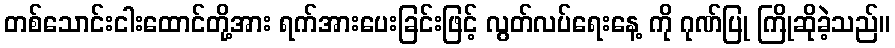
တစ်သောင်းငါးထောင်တို့အား ရက်အားပေးခြင်းဖြင့် လွတ်လပ်ရေးနေ့ ကို ဂုဏ်ပြု ကြိုဆိုခဲ့သည်။